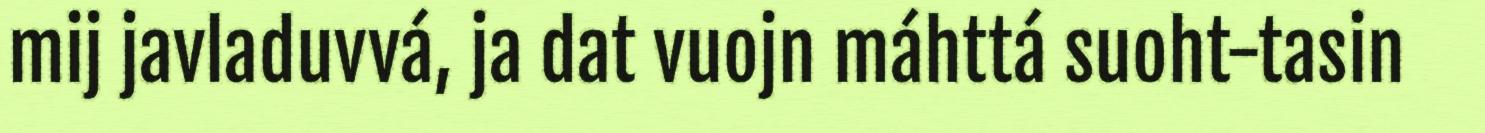
mij javladuvvá, ja dat vuojn máhttá suoht-tasin